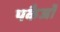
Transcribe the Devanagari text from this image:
पकैजों